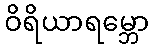
ဝိရိယာရမ္ဘော